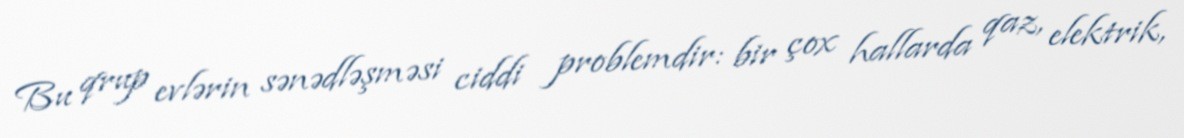
Bu qrup evlərin sənədləşməsi ciddi problemdir: bir çox hallarda qaz, elektrik,